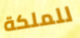
للملكة